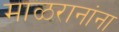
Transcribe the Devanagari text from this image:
माळरानांना